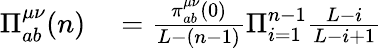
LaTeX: \begin{array}{rl}{\Pi_{ab}^{\mu\nu}(n)}&{{}=\frac{\pi_{ab}^{\mu\nu}(0)}{L-(n-1)}\Pi_{i=1}^{n-1}\frac{L-i}{L-i+1}}\end{array}